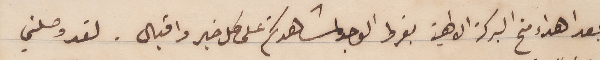
بعد اهداء منح البركة الالهية بفرط الوجد لمشاهدتكم على كل خير واقبال. لقد وصلني